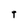
Character: t